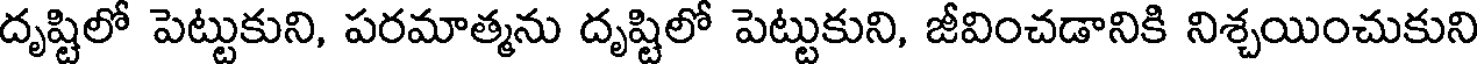
దృష్టిలో పెట్టుకుని, పరమాత్మను దృష్టిలో పెట్టుకుని, జీవించడానికి నిశ్చయించుకుని